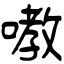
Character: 嘋